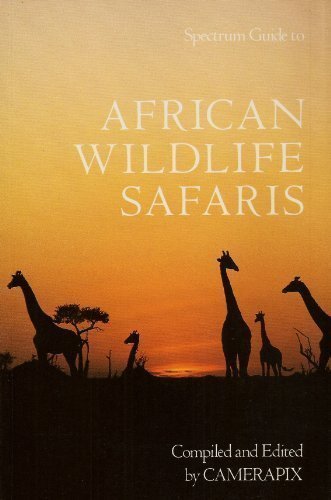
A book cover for African Wildlife Safaris: Kenya Uganda Tanzania Ethiopia Somalia Malawi Zambia Rwanda Burundi (Spectrum Guides); Camerapix; Travel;